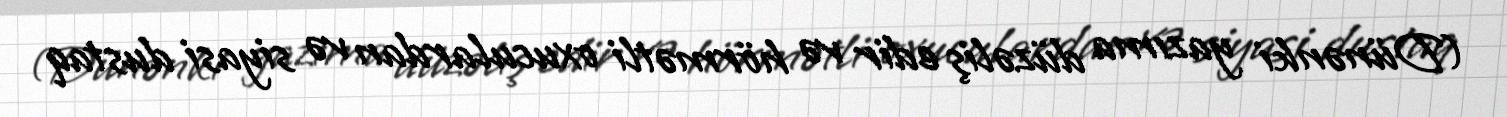
(Dünənki yazıma düzəliş edir və hörmətli oxuculardan və siyasi dustaq